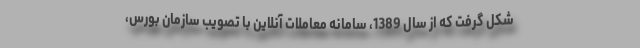
شکل گرفت که از سال 1389، سامانه معاملات آنلاین با تصویب سازمان بورس،